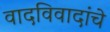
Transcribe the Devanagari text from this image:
वादविवादांचे